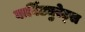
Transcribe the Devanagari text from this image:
बार्बिट्युरेट्स